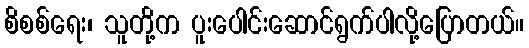
စိစစ်ရေး၊ သူတို့က ပူးပေါင်းဆောင်ရွက်ပါလို့ပြောတယ်။